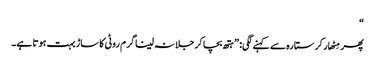
“
پھر مِٹھار کر ستارہ سے کہنے لگی: ”ہتھ بچا کر جلا نہ لینا گرم روٹی کا ساڑ بہت ہوتا ہے۔